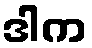
ဒါက